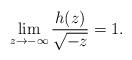
LaTeX: \begin{align*}\lim\limits_{z\to-\infty}\frac{h(z)}{\sqrt{-z}}=1.\end{align*}